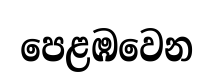
පෙළඹවෙන